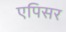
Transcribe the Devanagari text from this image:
एपिसर